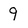
Character: 9